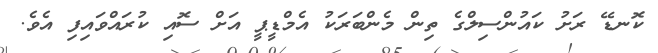
ކޮނޑޭ ރަށު ކައުންސިލްގެ ތިން މެންބަރަކު އެމްޑީޕީ އަށް ސޮއި ކުރައްވައިފި އެވެ.